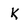
Character: k